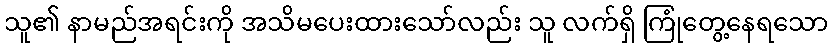
သူ၏ နာမည်အရင်းကို အသိမပေးထားသော်လည်း သူ လက်ရှိ ကြုံတွေ့နေရသော